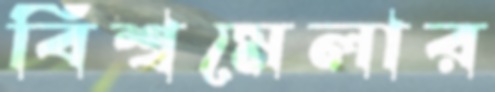
বিশ্বমেলার